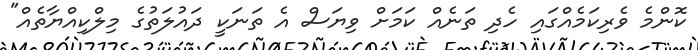
ކޮންމެ ވެރިކަމެއްގައި ހެދި ތަނެއް ކަަމަށް ވިޔަސް އެ ތަނަކީ ދައުލަތުގެ މިލްކިއްޔާތެއް"